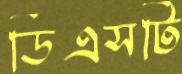
ডিএসটি